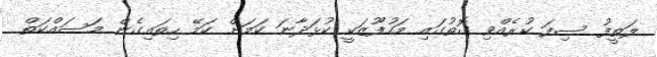
ލަތީފު ސިފަ ކުރެއްވި ގޮތުގައި މަހުފޫޒަކީ ކުޅަދާނަ ކަމަށް ކަމޭ ހިތައިގެން މަސައްކަތް